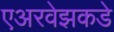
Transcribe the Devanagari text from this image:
एअरवेझकडे